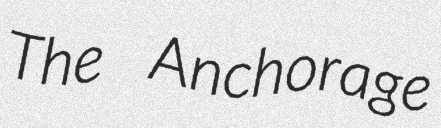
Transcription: The Anchorage